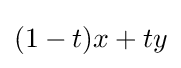
(1-t)x+ty